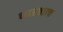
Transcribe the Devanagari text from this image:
भारतात्च